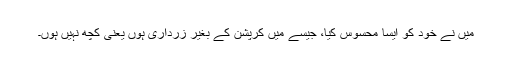
میں نے خود کو ایسا محسوس کیا، جیسے میں کرپشن کے بغیر زرداری ہوں یعنی کچھ نہیں ہوں۔